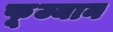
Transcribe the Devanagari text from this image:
फूज्यान